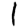
Digit: 1